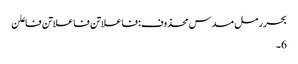
بحر رمل مسدس محذوف:فاعلاتن فاعلاتن فاعلن
6۔